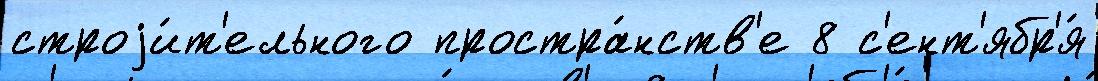
строjи́т'ельного простра́нств'е 8 с'ент'ябр'я́